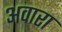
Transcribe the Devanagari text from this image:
अवारा